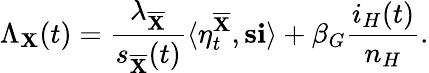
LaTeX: \Lambda_{\mathbf{X}}(t)=\frac{{\lambda_{\overline{{{\mathbf{X}}}}}}}{{s_{\overline{{{\mathbf{X}}}}}(t)}}\langle\eta_{t}^{\overline{{{\mathbf{X}}}}},\mathbf{{s}}\mathbf{{i}}\rangle+\beta_{G}\frac{{i_{H}(t)}}{{n_{H}}}.